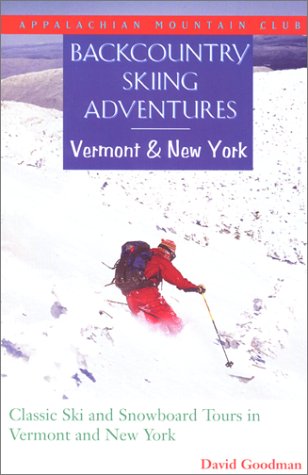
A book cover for Backcountry Skiing Adventures: Vermont and New York: Classic Ski and Snowboard Tours in Vermont and New York; David Goodman; Sports & Outdoors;